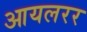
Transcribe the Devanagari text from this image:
आयलरर